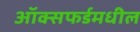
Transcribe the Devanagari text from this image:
ऑक्सफर्डमधील